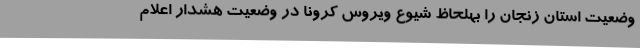
وضعیت استان زنجان را بهلحاظ شیوع ویروس کرونا در وضعیت هشدار اعلام